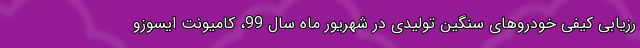
رزیابی کیفی خودروهای سنگین تولیدی در شهریور ماه سال 99، کامیونت ایسوزو